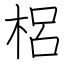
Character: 梠